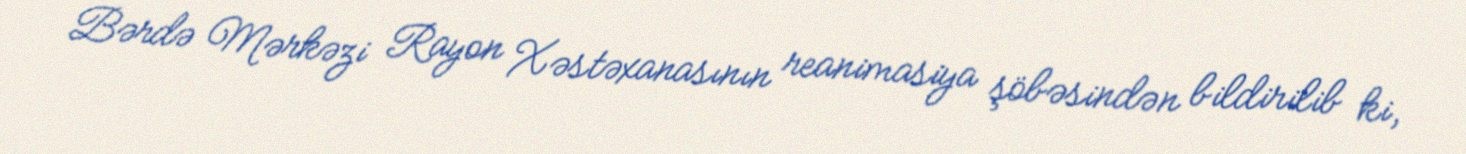
Bərdə Mərkəzi Rayon Xəstəxanasının reanimasiya şöbəsindən bildirilib ki,